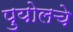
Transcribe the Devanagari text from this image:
पुयोलचे